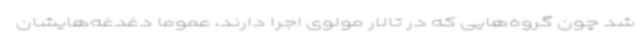
شد چون گروه‌هایی که در تالار مولوی اجرا دارند، عموما دغدغه‌هایشان